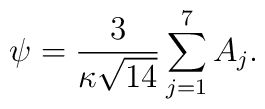
{\psi=\frac{3}{\kappa\sqrt{14}}\sum_{j=1}^{7}A_j.}